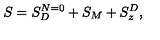
S = S _ { D } ^ { N = 0 } + S _ { M } + S _ { z } ^ { D } ,